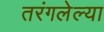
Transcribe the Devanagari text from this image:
तरंगलेल्या